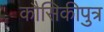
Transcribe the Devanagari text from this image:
कौसिकीपुत्र